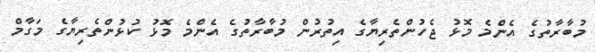
މުބާރާތުގެ އެންމެ މޮޅު ޖެހުންތެރިޔާގެ އިތުރުން މުބާރާތުގެ އެންމެ މޮޅު ކުޅުންތެރިޔާގެ މަގާމް